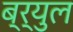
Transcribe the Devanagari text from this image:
ब्र्युल